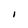
Character: I